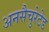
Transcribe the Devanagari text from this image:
अनसैचुरेटेड